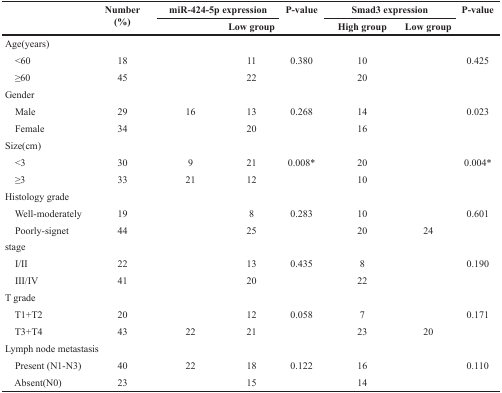
<table><thead><tr><td rowspan="2">[EMPTY_CELL]</td><td rowspan="2"><b>Number (%)</b></td><td colspan="2"><b>miR-424-5p expression</b></td><td rowspan="2"><b>P-value</b></td><td colspan="2"><b>Smad3 expression</b></td><td rowspan="2"><b>P-value</b></td></tr><tr><td>[EMPTY_CELL]</td><td><b>Low group</b></td><td><b>High group</b></td><td><b>Low group</b></td></tr></thead><tbody><tr><td colspan="8">Age(years)</td></tr><tr><td> &lt;60</td><td>18</td><td>[EMPTY_CELL]</td><td>11</td><td>0.380</td><td>10</td><td>[EMPTY_CELL]</td><td>0.425</td></tr><tr><td> ≥60</td><td>45</td><td>[EMPTY_CELL]</td><td>22</td><td>[EMPTY_CELL]</td><td>20</td><td>[EMPTY_CELL]</td><td>[EMPTY_CELL]</td></tr><tr><td colspan="8">Gender</td></tr><tr><td> Male</td><td>29</td><td>16</td><td>13</td><td>0.268</td><td>14</td><td>[EMPTY_CELL]</td><td>0.023</td></tr><tr><td> Female</td><td>34</td><td>[EMPTY_CELL]</td><td>20</td><td>[EMPTY_CELL]</td><td>16</td><td>[EMPTY_CELL]</td><td>[EMPTY_CELL]</td></tr><tr><td colspan="8">Size(cm)</td></tr><tr><td> &lt;3</td><td>30</td><td>9</td><td>21</td><td>0.008*</td><td>20</td><td>[EMPTY_CELL]</td><td>0.004*</td></tr><tr><td> ≥3</td><td>33</td><td>21</td><td>12</td><td>[EMPTY_CELL]</td><td>10</td><td>[EMPTY_CELL]</td><td>[EMPTY_CELL]</td></tr><tr><td colspan="8">Histology grade</td></tr><tr><td> Well-moderately</td><td>19</td><td>[EMPTY_CELL]</td><td>8</td><td>0.283</td><td>10</td><td>[EMPTY_CELL]</td><td>0.601</td></tr><tr><td> Poorly-signet</td><td>44</td><td>[EMPTY_CELL]</td><td>25</td><td>[EMPTY_CELL]</td><td>20</td><td>24</td><td>[EMPTY_CELL]</td></tr><tr><td colspan="8">stage</td></tr><tr><td> I/II</td><td>22</td><td>[EMPTY_CELL]</td><td>13</td><td>0.435</td><td>8</td><td>[EMPTY_CELL]</td><td>0.190</td></tr><tr><td> III/IV</td><td>41</td><td>[EMPTY_CELL]</td><td>20</td><td>[EMPTY_CELL]</td><td>22</td><td>[EMPTY_CELL]</td><td>[EMPTY_CELL]</td></tr><tr><td colspan="8">T grade</td></tr><tr><td> T1+T2</td><td>20</td><td>[EMPTY_CELL]</td><td>12</td><td>0.058</td><td>7</td><td>[EMPTY_CELL]</td><td>0.171</td></tr><tr><td> T3+T4</td><td>43</td><td>22</td><td>21</td><td>[EMPTY_CELL]</td><td>23</td><td>20</td><td>[EMPTY_CELL]</td></tr><tr><td colspan="8">Lymph node metastasis</td></tr><tr><td> Present (N1-N3)</td><td>40</td><td>22</td><td>18</td><td>0.122</td><td>16</td><td>[EMPTY_CELL]</td><td>0.110</td></tr><tr><td> Absent(N0)</td><td>23</td><td>[EMPTY_CELL]</td><td>15</td><td>[EMPTY_CELL]</td><td>14</td><td>[EMPTY_CELL]</td><td>[EMPTY_CELL]</td></tr></tbody></table>